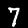
Digit: 7